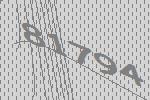
81794